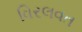
વિરલવત